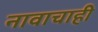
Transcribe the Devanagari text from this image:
नावाचाही